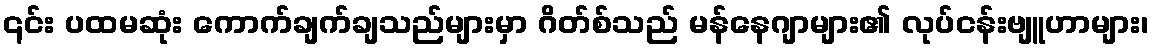
၎င်း ပထမဆုံး ကောက်ချက်ချသည်များမှာ ဂိတ်စ်သည် မန်နေဂျာများ၏ လုပ်ငန်းဗျူဟာများ၊